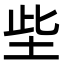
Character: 㘹